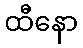
ထီနော